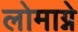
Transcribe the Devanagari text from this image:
लोमाग्ने